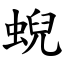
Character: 蜺